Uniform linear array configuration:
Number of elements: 64
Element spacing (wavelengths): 0.5
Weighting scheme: kaiser
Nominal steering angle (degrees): -15
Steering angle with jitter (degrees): -15.608
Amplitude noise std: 0.05
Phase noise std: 0.05

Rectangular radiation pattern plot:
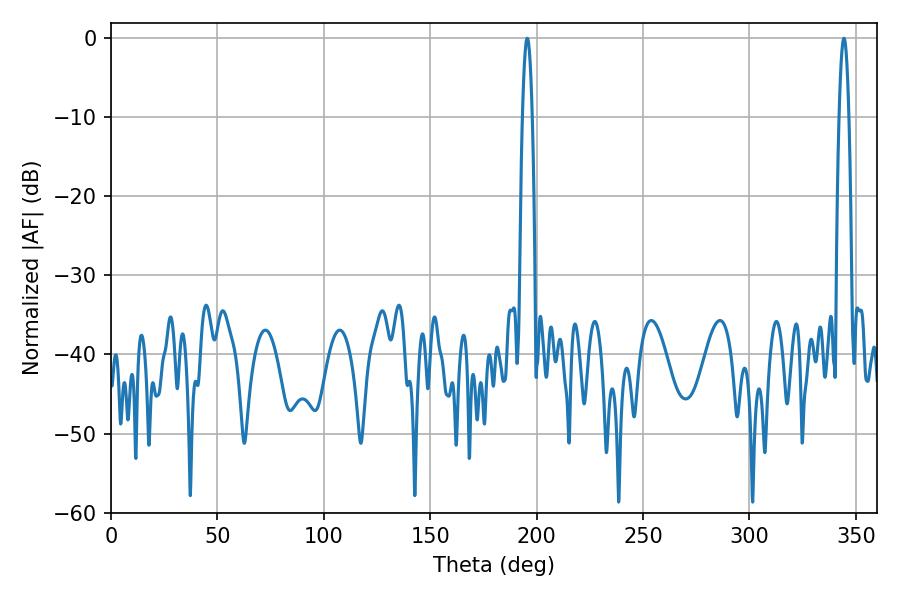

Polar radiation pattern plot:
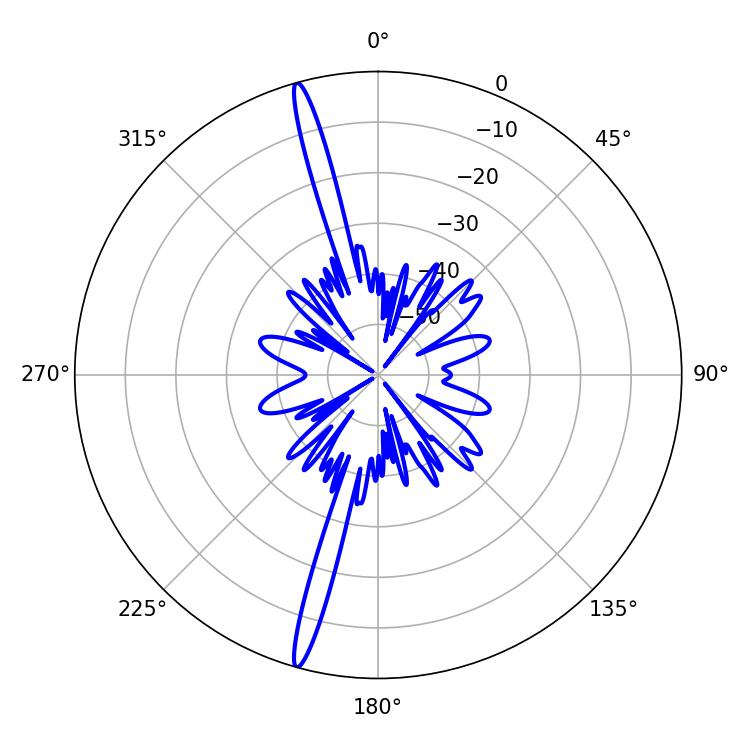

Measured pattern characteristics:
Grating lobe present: FALSE
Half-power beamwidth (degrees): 2.52
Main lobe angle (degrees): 195.66